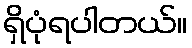
ရှိပုံရပါတယ်။